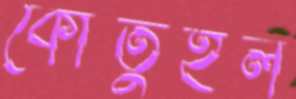
কৌতুহল